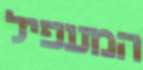
המעפיל